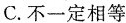
C.不一定相等